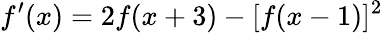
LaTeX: f^{\prime}(x)=2f(x+3)-[f(x-1)]^{2}